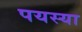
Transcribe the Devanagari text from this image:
पयस्या